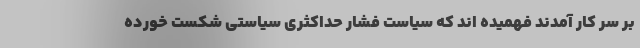
بر سر کار آمدند فهمیده اند که سیاست فشار حداکثری سیاستی شکست خورده